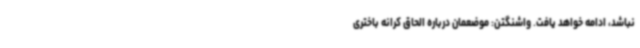
نباشد، ادامه خواهد یافت. واشنگتن: موضعمان درباره الحاق کرانه باختری